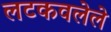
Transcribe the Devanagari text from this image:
लटकवलेले